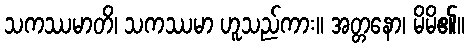
သကဿမာတိ၊ သကဿမာ ဟူသည်ကား။ အတ္တနော၊ မိမိ၏။